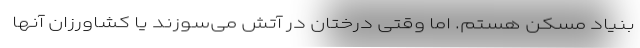
بنیاد مسکن هستم. اما وقتی درختان در آتش می‌سوزند یا کشاورزان آنها